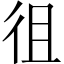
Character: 徂